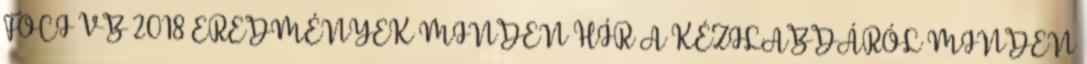
FOCI VB 2018 EREDMÉNYEK MINDEN HÍR A KÉZILABDÁRÓL MINDEN